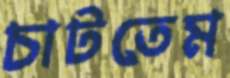
চাটতেম